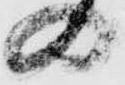
の